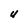
Character: U